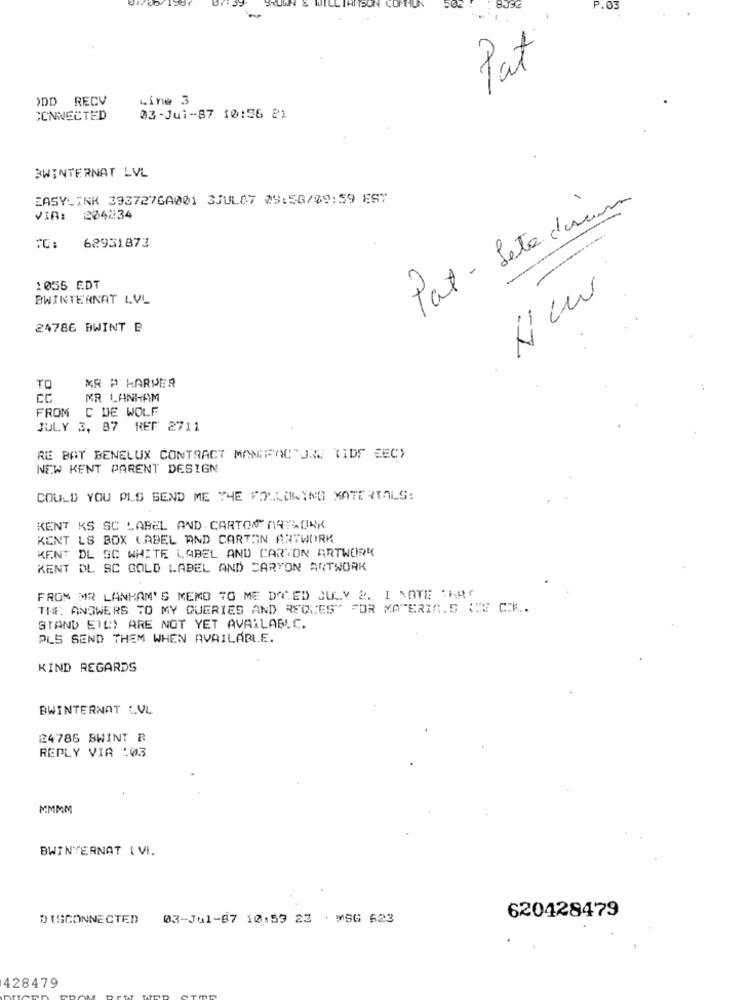
P.03
Tat
ODD RECV
Line 3
CONNECTED
03 -Jul-87 10:56 21
BWINTERNAT LVL
EASYLINK 393727GA001 3JUL87 29:56/09:59 EST
Pat - Lete durum
VIA: 204234
TO: 62931873
1055 EDT
BWINTERNAT LVL
24786 BWINT B
TO
MR P KARPER
CC
MR LANHAM
FROM C DE WOLF
JULY 3, 87 RET 2711
RE BAT BENELUX CONTRACT MANUFACTURE (IDE EEC)
NEW KENT PARENT DESIGN
COULD YOU PLS SEND ME THE FOLLOWING MATERIALS:
KENT KS SC LABEL AND CARTON ARTWORK
KENT LS BOX LABEL AND CARTON ARTWORK
KENT DL SC WHITE LABEL AND CARTON ARTWORK
KENT DL SC GOLD LABEL AND CARTON ARTWORK
FROM MR LANHAM'S MEMO TO ME DANED JULY 2. I NOTE THAT
THE ANSWERS TO MY QUERIES AND REGNES" FOR MATERIA.5 WIE CK ..
STAND ETL) ARE NOT YET AVAILABLE.
PLS SEND THEM WHEN AVAILABLE.
KIND REGARDS
BWINTERNAT L.VL
24786 BWINT R
REPLY VIA :03
MMMM
BWINTERNAT | VI.
DISCONNECTED
03-Jul-87 10:53 23 . MSG 623
620428479
428479